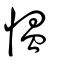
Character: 愠